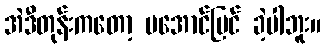
အဲဒီတုန်းကတော့ မအောင်မြင် ခဲ့ပါဘူး။